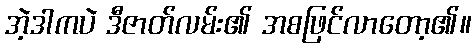
အဲ့ဒါကပဲ ဒီဇာတ်လမ်း၏ အစဖြင်လာတော့၏။